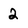
Character: 2